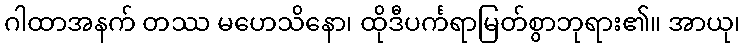
ဂါထာအနက် တဿ မဟေသိနော၊ ထိုဒီပင်္ကရာမြတ်စွာဘုရား၏။ အာယု၊